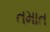
તમાત